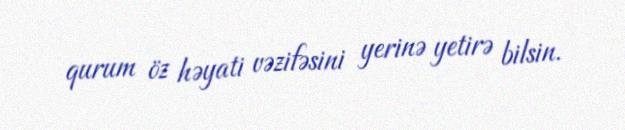
qurum öz həyati vəzifəsini yerinə yetirə bilsin.